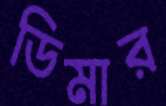
ডিমার